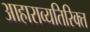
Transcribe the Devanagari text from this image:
आहाराव्यतिरिक्त